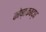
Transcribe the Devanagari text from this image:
कोष्ठकबद्ध